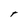
Character: r